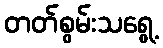
တတ်စွမ်းသရွေ့